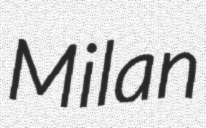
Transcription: Milan